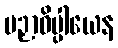
ပဉှာဓိပ္ပါယေန